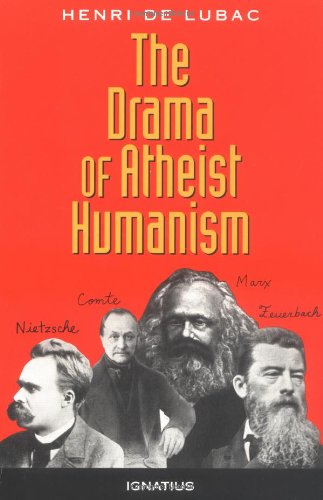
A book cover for The Drama of Atheist Humanism; Henri de Lubac; Religion & Spirituality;